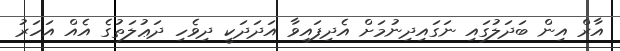
އާރް އިން ބަދަލުގައި ނަގައިދިނުމަށް އެދިފައިވާ އަދަދަކީ ދިވެހި ދަޢުލަތުގެ އެއް އަހަރު